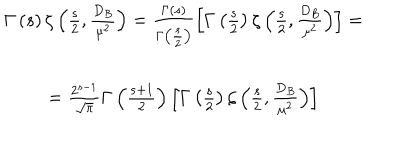
\begin{array} { c } { { \Gamma \left( s \right) \zeta \left( \frac s 2 , \frac { D _ { B } } { \mu ^ { 2 } } \right) = \frac { \Gamma \left( s \right) } { \Gamma \left( \frac s 2 \right) } \left[ \Gamma \left( \frac s 2 \right) \zeta \left( \frac s 2 , \frac { D _ { B } } { \mu ^ { 2 } } \right) \right] = } } \\ { { = \frac { 2 ^ { s - 1 } } { \sqrt { \pi } } \Gamma \left( \frac { s + 1 } 2 \right) \left[ \Gamma \left( \frac s 2 \right) \zeta \left( \frac s 2 , \frac { D _ { B } } { \mu ^ { 2 } } \right) \right] } } \\ \end{array}